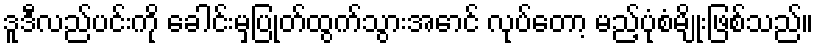
ဒူဒီလည်ပင်းကို ခေါင်းမှပြုတ်ထွက်သွားအောင် လုပ်တော့ မည့်ပုံစံမျိုးဖြစ်သည်။